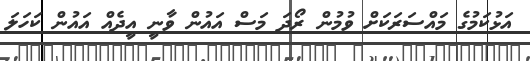
އަޅުކަމުގެ މައްސަރަކަށް ވުމުން ރޯދަ މަސް އައުން ވާނީ އީދެއް އައުން ކަހަލަ